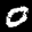
Label: 0